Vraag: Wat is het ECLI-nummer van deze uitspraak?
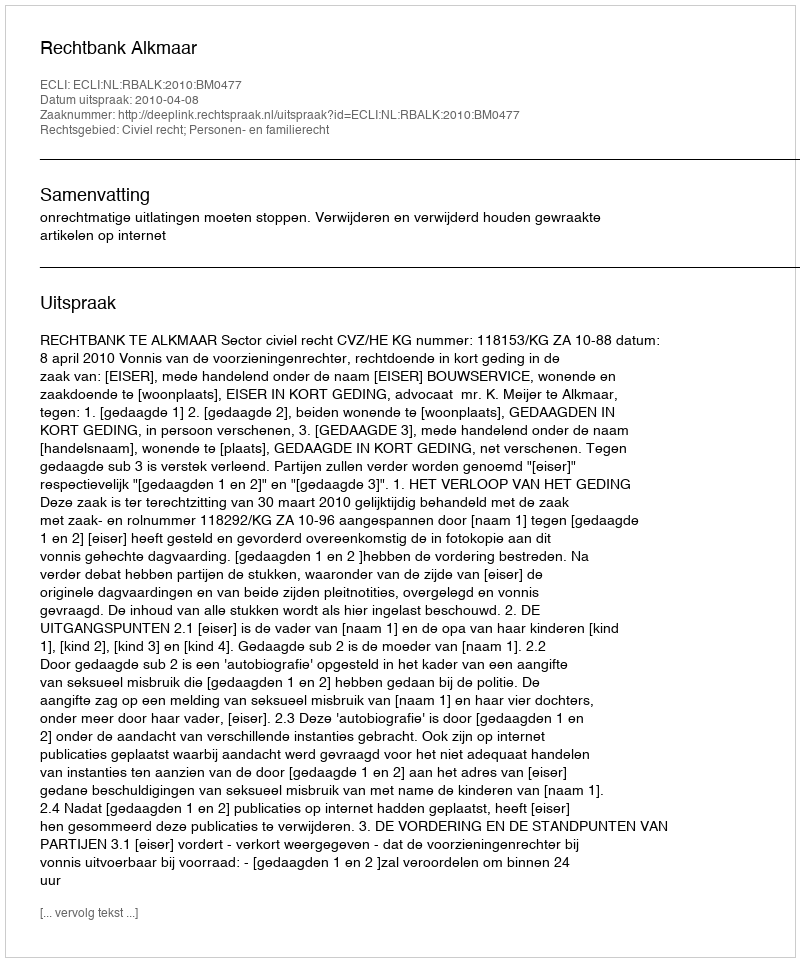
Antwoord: ECLI:NL:RBALK:2010:BM0477